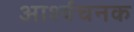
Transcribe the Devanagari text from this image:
आर्श्यचनक